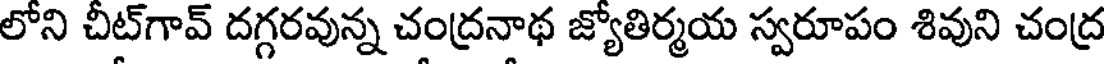
లోని చీట్గావ్ దగ్గరవున్న చంద్రనాథ జ్యోతిర్మయ స్వరూపం శివుని చంద్ర